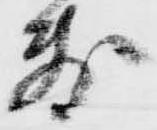
敷